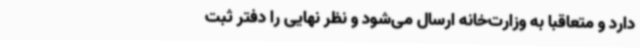
دارد و متعاقباً به وزارت‌خانه ارسال می‌شود و نظر نهایی را دفتر ثبت